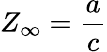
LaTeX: Z_{\infty}={\frac{a}{c}}